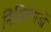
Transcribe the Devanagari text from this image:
निश्चितताओं